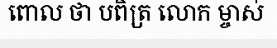
ពោល ថា បពិត្រ លោក ម្ចាស់